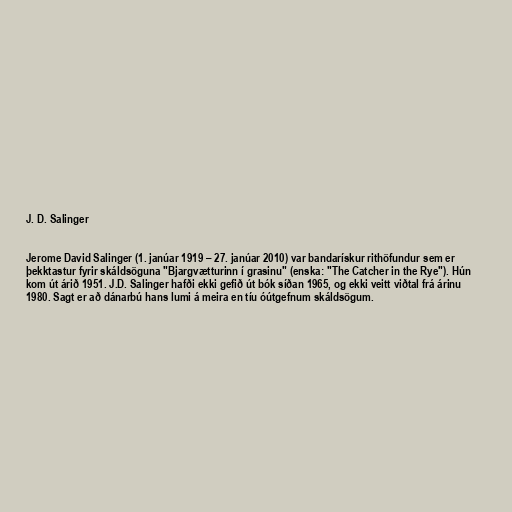
J. D. Salinger

Jerome David Salinger (1. janúar 1919 – 27. janúar 2010) var bandarískur rithöfundur sem er
þekktastur fyrir skáldsöguna "Bjargvætturinn í grasinu" (enska: "The Catcher in the Rye"). Hún
kom út árið 1951. J.D. Salinger hafði ekki gefið út bók síðan 1965, og ekki veitt viðtal frá árinu
1980. Sagt er að dánarbú hans lumi á meira en tíu óútgefnum skáldsögum.